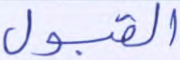
القبول